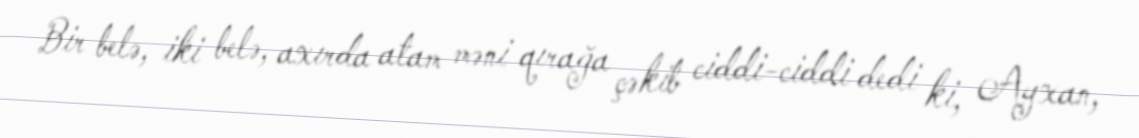
Bir belə, iki belə, axırda atam məni qırağa çəkib ciddi-ciddi dedi ki, Ayxan,